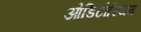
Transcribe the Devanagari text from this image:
ओडिटोरियम